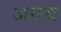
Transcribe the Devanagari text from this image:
अग्ऱय